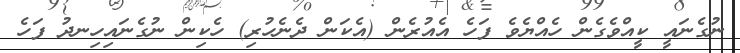
ނުގެނައީ ކީއްވެގެން ހެއްޔެވެ ފަހެ އެއުރެން (އެކަން ދެނެހުރި) ހެކިން ނުގެނައިހިނދު ފަހެ